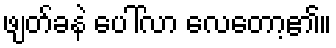
ဖျတ်ခနဲ ပေါ်လာ လေတော့၏။